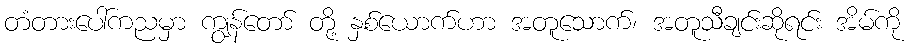
တံတားပေါ်ကညမှာ ကျွန်တော် တို့ နှစ်ယောက်ဟာ အတူသောက်၊ အတူသီချင်းဆိုရင်း အိမ်ကို